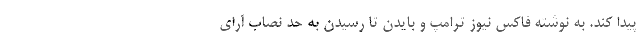
پیدا کند. به نوشته فاکس نیوز ترامپ و بایدن تا رسیدن به حد نصاب آرای